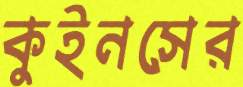
কুইনসের